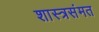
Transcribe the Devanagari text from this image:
शास्त्रसंमत